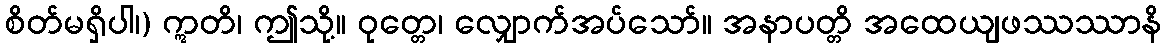
စိတ်မရှိပါ၊) ဣတိ၊ ဤသို့။ ဝုတ္တေ၊ လျှောက်အပ်သော်။ အနာပတ္တိ အထေယျဖဿဿာနိ